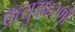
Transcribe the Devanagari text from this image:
प्रत्युदाहरणों